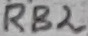
Text: RB2